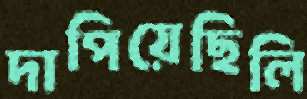
দাপিয়েছিলি